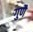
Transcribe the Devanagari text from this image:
गुणै